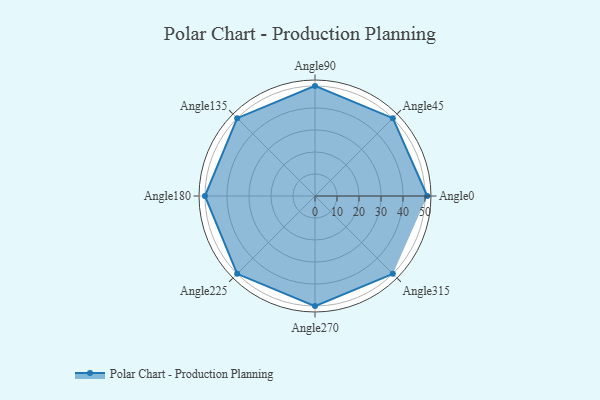
{"axis": {"x": "Angle", "y": "Radius"}, "legend": [""], "data": [{"x": "Angle0", "y": 51.0, "type": ""}, {"x": "Angle45", "y": 50, "type": ""}, {"x": "Angle90", "y": 50, "type": ""}, {"x": "Angle135", "y": 50, "type": ""}, {"x": "Angle180", "y": 50, "type": ""}, {"x": "Angle225", "y": 50, "type": ""}, {"x": "Angle270", "y": 50, "type": ""}, {"x": "Angle315", "y": 50, "type": ""}]}